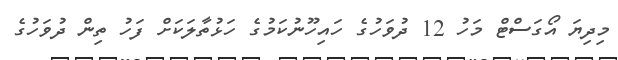
މިދިޔަ އޯގަސްޓް މަހު 12 ދުވަހުގެ ހައިހޫނުކަމުގެ ހަޅުތާލަކަށް ފަހު ތިން ދުވަހުގެ